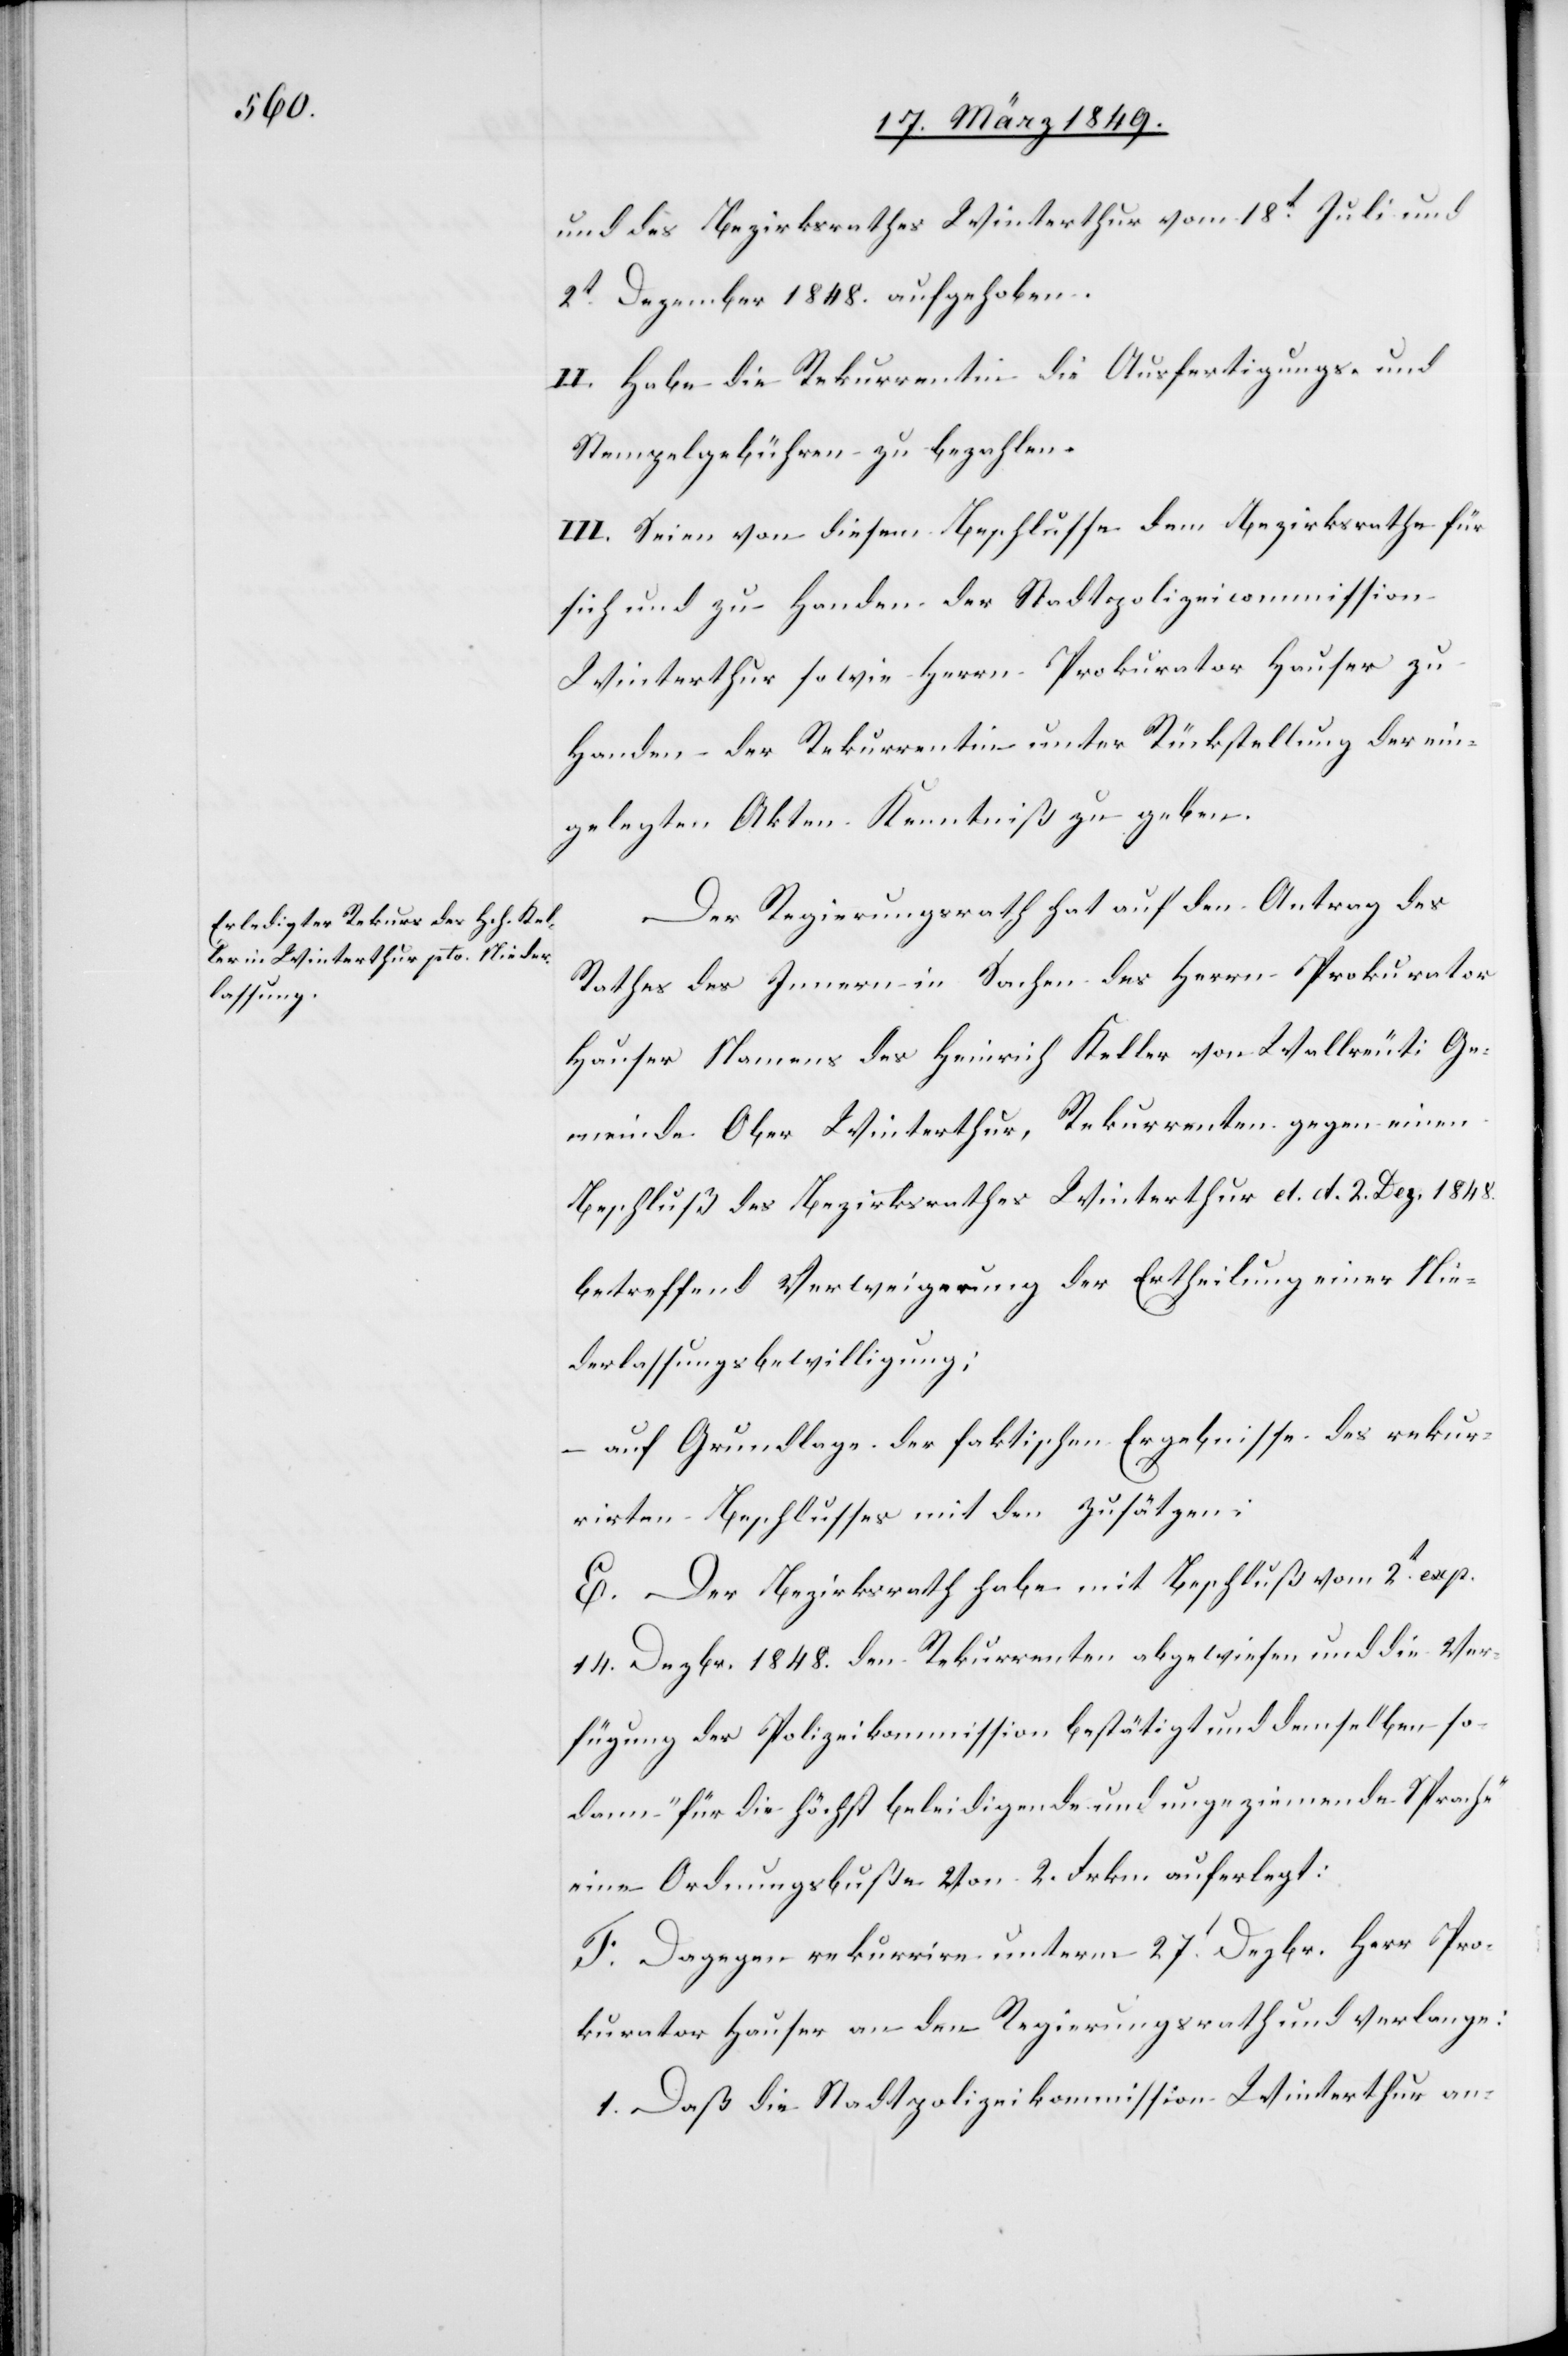
und des Bezirksrathes Winterthur vom 18t. Juli und
2t. Dezember 1848. aufgehoben.
II. Habe die Rekurrentin die Ausfertigungs- und
Stempelgebühren zu bezahlen.
III. Seien von diesem Beschlusse dem Bezirksrathe für
sich und zu Handen der Stadtpolizeicommission
Winterthur sowie Herrn Prokurator Hauser zu
Handen der Rekurrentin unter Rückstellung der ein¬
gelegten Akten Kenntniß zu geben.
Der Regierungsrath hat auf den Antrag des
Rathes des Innern in Sachen des Herrn Prokurator
Hauser Namens des Heinrich Keller von Wallreuti Ge¬
meinde Ober Winterthur, Rekurrenten gegen einen
Beschluß des Bezirksrathes Winterthur d. d. 2. Dez. 1848.
betreffend Verweigerung der Ertheilung einer Nie¬
derlassungsbewilligung:
– auf Grundlage der faktischen Ergebnisse des rekur¬
rirten Beschlusses mit den Zusätzen:
E. Der Bezirksrath habe mit Beschluß vom 2t. exp.
14. Dezbr. 1848 den Rekurrenten abgewiesen und die Ver¬
fügung der Polizeikommission bestätigt und demselben so¬
dann „für die höchst beleidigende und ungeziemende Sprache“
eine Ordnungsbuße von 2. Frkn auferlegt:
F. Dagegen rekurrire unterm 27t. Dezbr. Herr Pro¬
kurator Hauser an den Regierungsrath und verlange:
1. Daß die Stadtpolizeikommission Winterthur an-